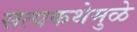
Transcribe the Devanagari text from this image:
सत्यकथेमुळे